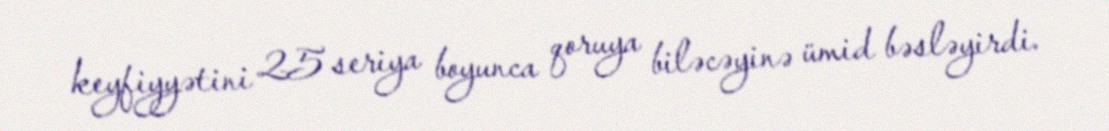
keyfiyyətini 25 seriya boyunca qoruya biləcəyinə ümid bəsləyirdi.